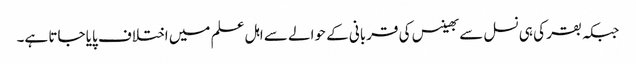
جبکہ بقر کی ہی نسل سے بھینس کی قربانی کے حوالے سے اہل علم میں اختلاف پایا جاتا ہے۔